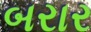
બરાર